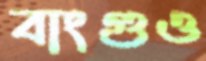
বাংগুও